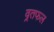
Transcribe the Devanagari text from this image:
व्रतफल